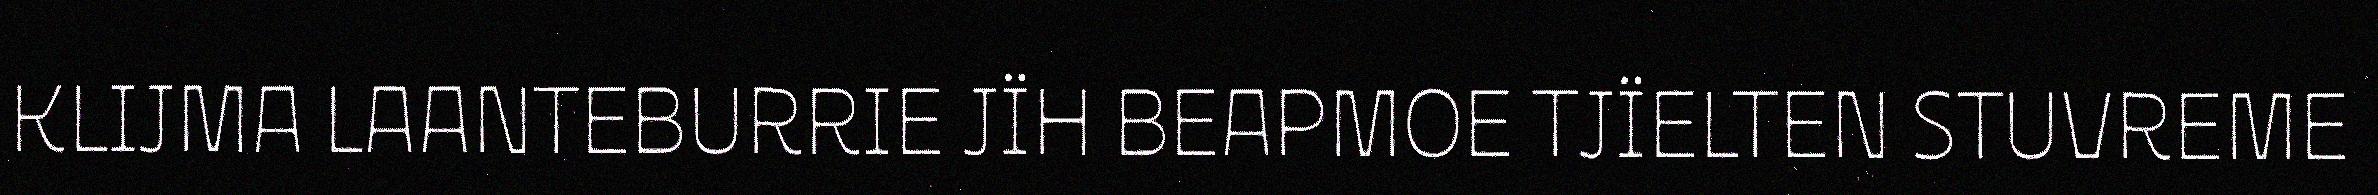
KLIJMA LAANTEBURRIE JÏH BEAPMOE TJÏELTEN STUVREME